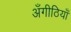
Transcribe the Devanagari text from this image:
अँगीठियाँ